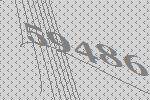
59486